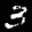
Label: 3